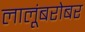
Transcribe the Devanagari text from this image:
लालूंबरोबर